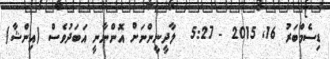
ޑިސެމްބަރު 16